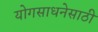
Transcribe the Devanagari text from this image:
योगसाधनेसाठी